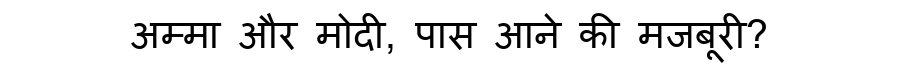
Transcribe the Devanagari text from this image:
अम्मा और मोदी, पास आने की मजबूरी?